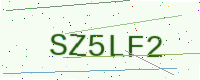
Text: SZ5LF2